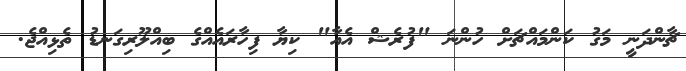
ޗާންދަނީ މަގު ކަންމައްޗަށް ހުންނަ "ފުރެޝް އެއާ" ކިޔާ ފިހާރައެއްގެ ބިއްލޫރިގަނޑު ތެޅިއްޖެ.